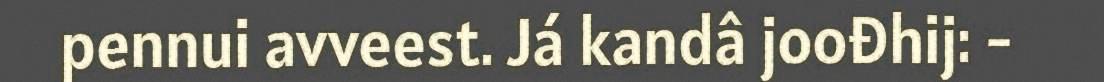
pennui avveest. Já kandâ joođhij: -